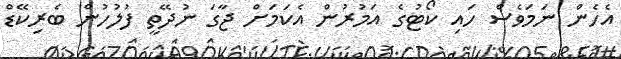
އެހެން ނަމަވެސް ހައި ކޯޓުގެ އަމުރުން އެކަމަށް ޖާގަ ނުދޭތީ ފުލުހުން ބެރިކޭޑް